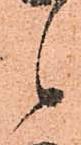
候